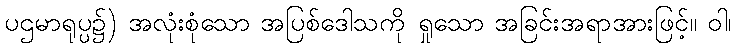
ပဌမာရုပ္ပ၌) အလုံးစုံသော အပြစ်ဒေါသကို ရှုသော အခြင်းအရာအားဖြင့်။ ဝါ၊